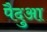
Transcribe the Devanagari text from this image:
पैदुआ